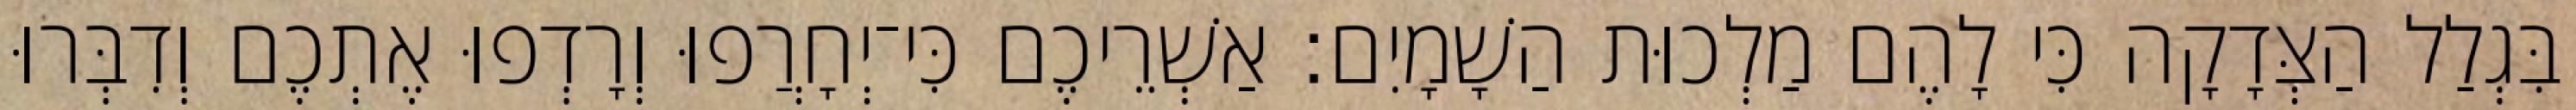
בִּגְלַל הַצְּדָקָה כִּי לָהֶם מַלְכוּת הַשָׁמָיִם׃ אַשְׁרֵיכֶם כִּי־יְחָרֲפוּ וְרָדְפוּ אֶתְכֶם וְדִבְּרוּ